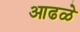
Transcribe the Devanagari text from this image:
आढळे